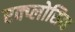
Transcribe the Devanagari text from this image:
एक्प्लोसिव्ह